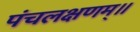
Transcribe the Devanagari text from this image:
पंचलक्षणम्‌॥